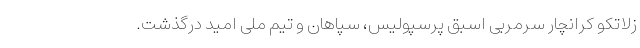
زلاتکو کرانچار سرمربی اسبق پرسپولیس، سپاهان و تیم ملی امید درگذشت.